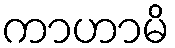
ကာဟာမိ